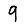
Digit: 9